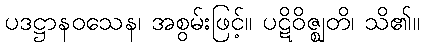
ပဒဋ္ဌာနဝသေန၊ အစွမ်းဖြင့်။ ပဋိဝိဇ္ဈတိ၊ သိ၏။